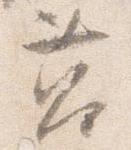
筥